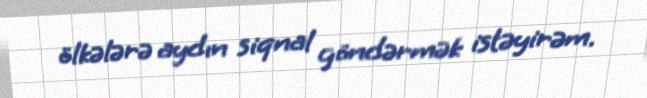
ölkələrə aydın siqnal göndərmək istəyirəm.